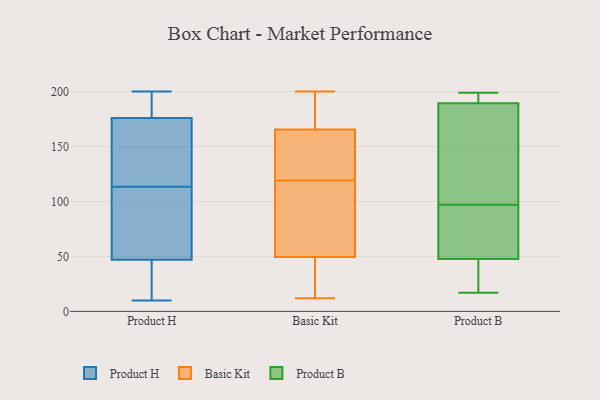
{"axis": {"x": "Satisfaction Score", "y": "Value"}, "legend": ["Basic Kit", "Product B", "Product H"], "data": [{"x": "", "y": 134, "type": "Product H"}, {"x": "", "y": 93, "type": "Product H"}, {"x": "", "y": 10, "type": "Product H"}, {"x": "", "y": 74, "type": "Product H"}, {"x": "", "y": 166, "type": "Product H"}, {"x": "", "y": 34, "type": "Product H"}, {"x": "", "y": 27, "type": "Product H"}, {"x": "", "y": 48, "type": "Product H"}, {"x": "", "y": 186, "type": "Product H"}, {"x": "", "y": 63, "type": "Product H"}, {"x": "", "y": 145, "type": "Product H"}, {"x": "", "y": 200, "type": "Product H"}, {"x": "", "y": 160, "type": "Product H"}, {"x": "", "y": 186, "type": "Product H"}, {"x": "", "y": 196, "type": "Product H"}, {"x": "", "y": 46, "type": "Product H"}, {"x": "", "y": 153, "type": "Basic Kit"}, {"x": "", "y": 12, "type": "Basic Kit"}, {"x": "", "y": 38, "type": "Basic Kit"}, {"x": "", "y": 123, "type": "Basic Kit"}, {"x": "", "y": 141, "type": "Basic Kit"}, {"x": "", "y": 69, "type": "Basic Kit"}, {"x": "", "y": 123, "type": "Basic Kit"}, {"x": "", "y": 166, "type": "Basic Kit"}, {"x": "", "y": 200, "type": "Basic Kit"}, {"x": "", "y": 91, "type": "Basic Kit"}, {"x": "", "y": 187, "type": "Basic Kit"}, {"x": "", "y": 165, "type": "Basic Kit"}, {"x": "", "y": 195, "type": "Basic Kit"}, {"x": "", "y": 102, "type": "Basic Kit"}, {"x": "", "y": 45, "type": "Basic Kit"}, {"x": "", "y": 38, "type": "Basic Kit"}, {"x": "", "y": 170, "type": "Basic Kit"}, {"x": "", "y": 32, "type": "Basic Kit"}, {"x": "", "y": 115, "type": "Basic Kit"}, {"x": "", "y": 54, "type": "Basic Kit"}, {"x": "", "y": 97, "type": "Product B"}, {"x": "", "y": 60, "type": "Product B"}, {"x": "", "y": 32, "type": "Product B"}, {"x": "", "y": 195, "type": "Product B"}, {"x": "", "y": 98, "type": "Product B"}, {"x": "", "y": 64, "type": "Product B"}, {"x": "", "y": 17, "type": "Product B"}, {"x": "", "y": 138, "type": "Product B"}, {"x": "", "y": 95, "type": "Product B"}, {"x": "", "y": 44, "type": "Product B"}, {"x": "", "y": 148, "type": "Product B"}, {"x": "", "y": 35, "type": "Product B"}, {"x": "", "y": 198, "type": "Product B"}, {"x": "", "y": 188, "type": "Product B"}, {"x": "", "y": 194, "type": "Product B"}, {"x": "", "y": 49, "type": "Product B"}, {"x": "", "y": 199, "type": "Product B"}]}